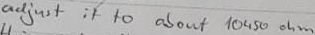
Text: Adjust it to about 10450 ohm